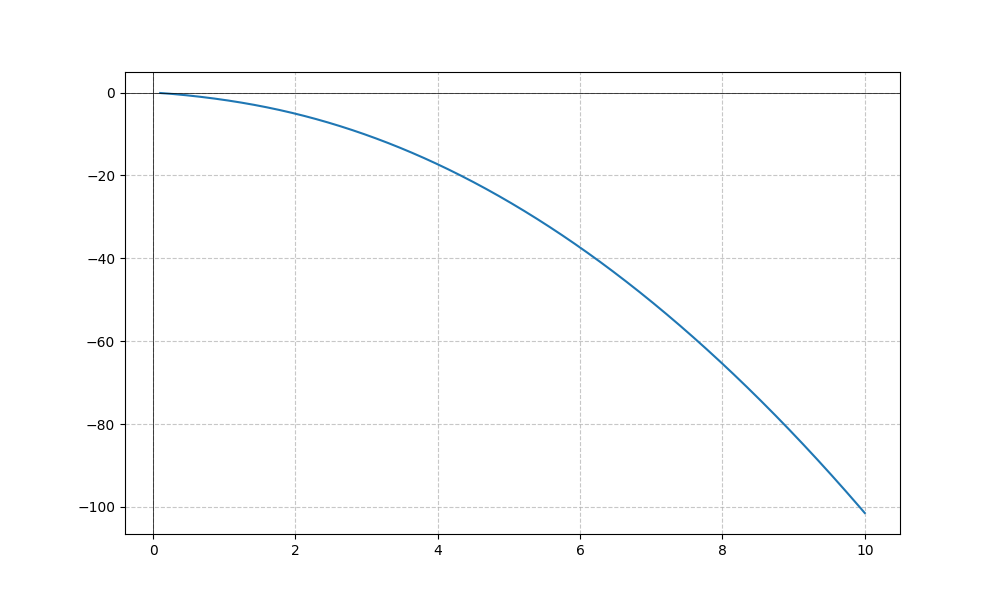
LaTeX formula: - x^{2} - \operatorname{atan}{\left(x \right)}